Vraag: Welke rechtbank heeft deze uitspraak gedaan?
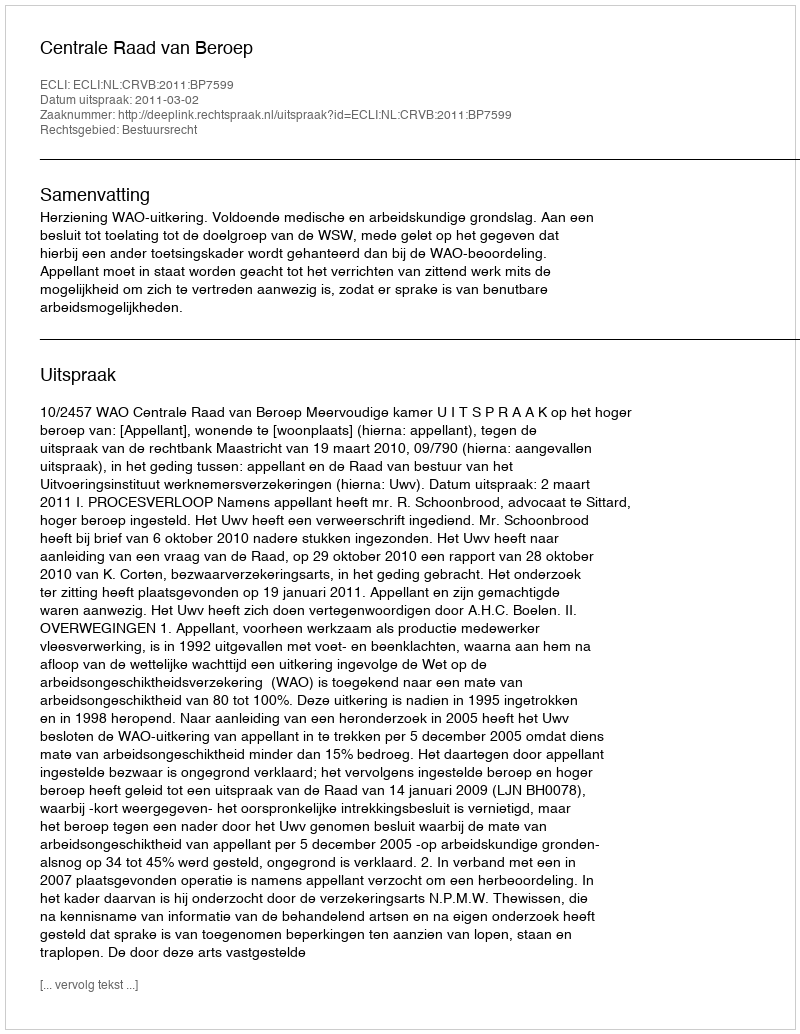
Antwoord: Centrale Raad van Beroep